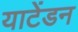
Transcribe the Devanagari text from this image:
याटेंडन